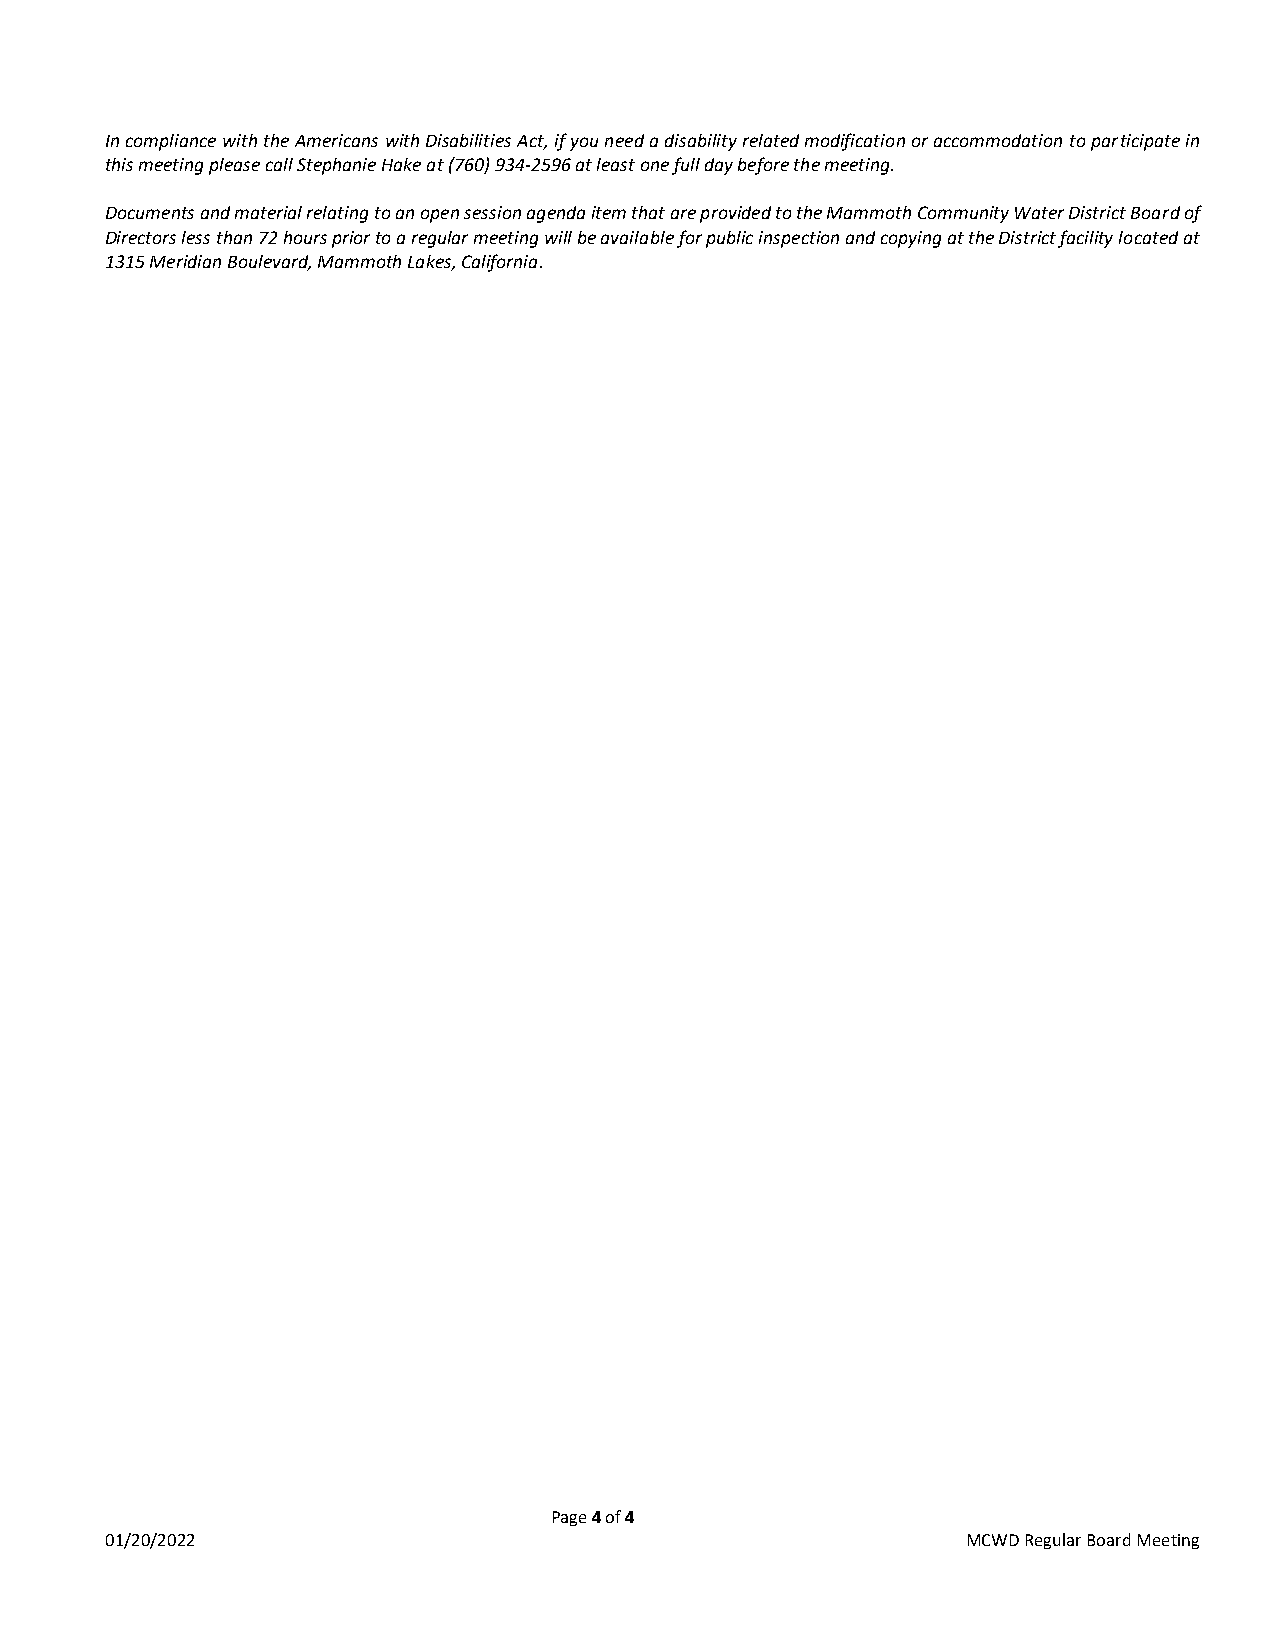
In compliance with the Americans with Disabilities Act, if you need a disability related modification or accommodation to participate in
 this meeting please call Stephanie Hake at (760) 934-2596 at least one full day before the meeting.
 Documents and material relating to an open session agenda item that are provided to the Mammoth Community Water District Board of
 Directors less than 72 hours prior to a regular meeting will be available for public inspection and copying at the District facility located at
 1315 Meridian Boulevard, Mammoth Lakes, California.
 Page 4 of 4
 01/20/2022                                               MCWD Regular Board Meeting